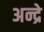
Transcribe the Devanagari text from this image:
अन्द्रे